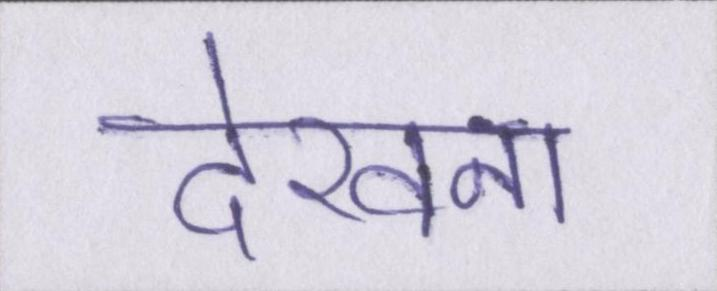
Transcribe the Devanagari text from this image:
देखना